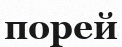
порей